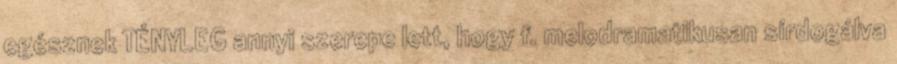
egésznek TÉNYLEG annyi szerepe lett, hogy f. melodramatikusan sírdogálva